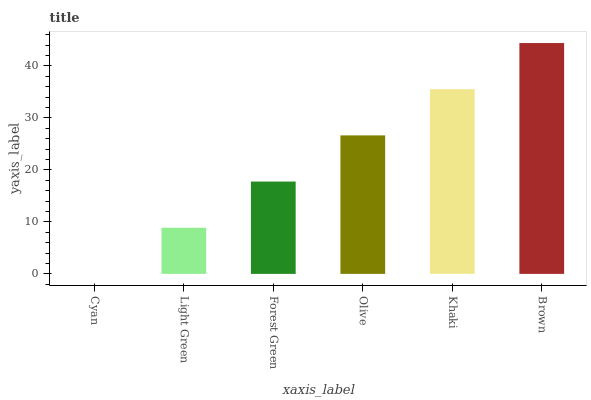
| xaxis_label | bars |
 | --- | --- |
 | Cyan | 0 |
 | Light Green | 8.88 |
 | Forest Green | 17.8 |
 | Olive | 26.7 |
 | Khaki | 35.5 |
 | Brown | 44.4 |